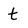
Character: t